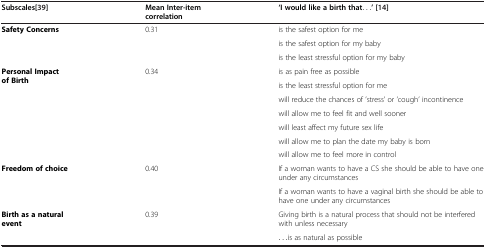
<table><thead><tr><td><b>Subscales[[39]]</b></td><td><b>Mean Inter-item correlation</b></td><td><b>‘I would like a birth that...’ [[14]]</b></td></tr></thead><tbody><tr><td rowspan="3"><b>Safety Concerns</b></td><td rowspan="3">0.31</td><td>is the safest option for me</td></tr><tr><td>is the safest option for my baby</td></tr><tr><td>is the least stressful option for my baby</td></tr><tr><td rowspan="7"><b>Personal Impact of Birth</b></td><td rowspan="7">0.34</td><td>is as pain free as possible</td></tr><tr><td>is the least stressful option for me</td></tr><tr><td>will reduce the chances of ’stress’ or ’cough’ incontinence</td></tr><tr><td>will allow me to feel fit and well sooner</td></tr><tr><td>will least affect my future sex life</td></tr><tr><td>will allow me to plan the date my baby is born</td></tr><tr><td>will allow me to feel more in control</td></tr><tr><td rowspan="2"><b>Freedom of choice</b></td><td rowspan="2">0.40</td><td>If a woman wants to have a CS she should be able to have one under any circumstances</td></tr><tr><td>If a woman wants to have a vaginal birth she should be able to have one under any circumstances</td></tr><tr><td rowspan="2"><b>Birth as a natural event</b></td><td rowspan="2">0.39</td><td>Giving birth is a natural process that should not be interfered with unless necessary</td></tr><tr><td>...is as natural as possible</td></tr></tbody></table>